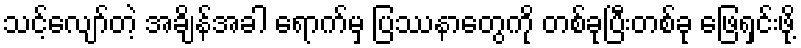
သင့်လျော်တဲ့ အချိန်အခါ ရောက်မှ ပြဿနာတွေကို တစ်ခုပြီးတစ်ခု ဖြေရှင်းဖို့